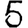
Digit: 5